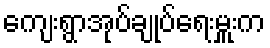
ကျေးရွာအုပ်ချုပ်ရေးမှူးက